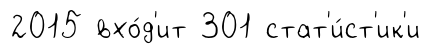
2015 вхо́д'ит 301 стат'и́ст'ик'и